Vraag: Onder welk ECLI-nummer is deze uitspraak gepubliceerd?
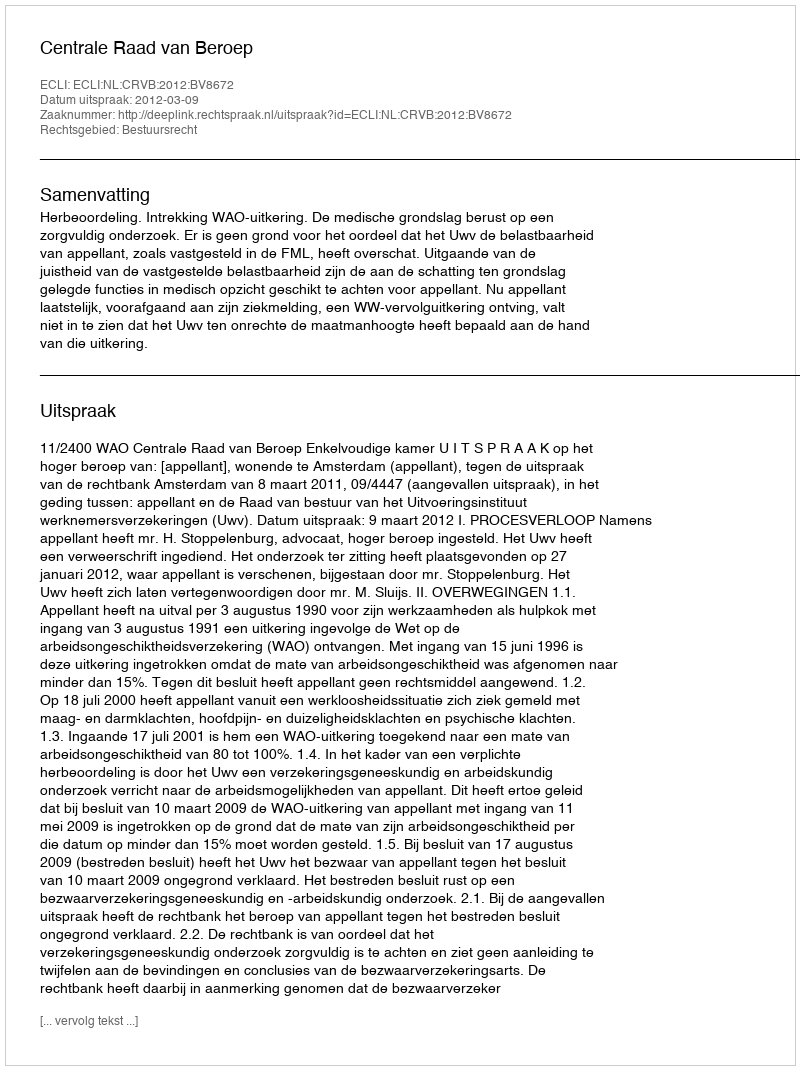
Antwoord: ECLI:NL:CRVB:2012:BV8672